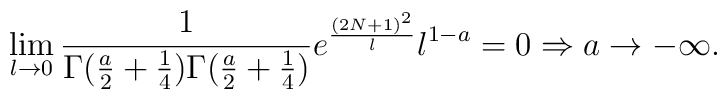
\lim_{l\rightarrow 0}   \frac{1}{\Gamma (\frac{a}{2}+\frac{1}{4})                 \Gamma (\frac{a}{2}+\frac{1}{4})}   e ^{\frac{(2N+1)^2}{l}}l^{1-a} =0  \Rightarrow a \rightarrow - \infty.